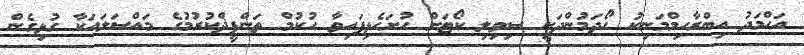
އަޙްމަދު އިބްރާހިމްމަނިކު ހޯދަމުންދަނީ ސިވިލި ކޯޓަށް ހުށަހެޅިފައިވާ ޙުކުމް ތަންފީޛްކުރުމުގެ މައްސަލައަކާ ގުޅިގެން